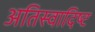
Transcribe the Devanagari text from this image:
अतिस्‍वादिष्‍ट